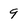
Character: 9